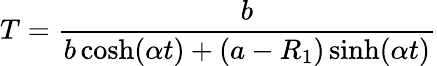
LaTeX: T=\frac{b}{b\cosh(\alpha t)+(a-R_{1})\sinh(\alpha t)}